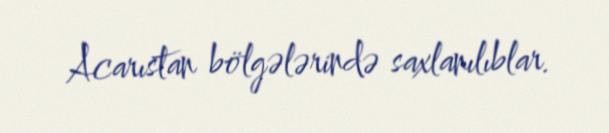
Acarıstan bölgələrində saxlanılıblar.